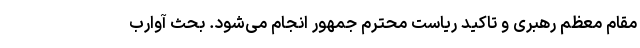
مقام معظم رهبری و تاکید ریاست محترم جمهور انجام می‌شود. بحث آوارب